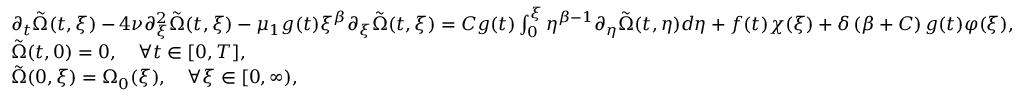
\begin{array} { r l } & { \partial _ { t } \tilde { \Omega } ( t , \xi ) - 4 \nu \partial _ { \xi } ^ { 2 } \tilde { \Omega } ( t , \xi ) - \mu _ { 1 } g ( t ) \xi ^ { \beta } \partial _ { \xi } \tilde { \Omega } ( t , \xi ) = C g ( t ) \int _ { 0 } ^ { \xi } \eta ^ { \beta - 1 } \partial _ { \eta } \tilde { \Omega } ( t , \eta ) d \eta + f ( t ) \chi ( \xi ) + \delta \left( \beta + C \right) g ( t ) \varphi ( \xi ) , } \\ & { \tilde { \Omega } ( t , 0 ) = 0 , \quad \forall t \in [ 0 , T ] , } \\ & { \tilde { \Omega } ( 0 , \xi ) = \Omega _ { 0 } ( \xi ) , \quad \forall \xi \in [ 0 , \infty ) , } \end{array}